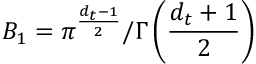
B _ { 1 } = \pi ^ { \frac { { d _ { t } } - 1 } { 2 } } / \Gamma \left( \frac { { d _ { t } } + 1 } { 2 } \right)